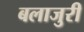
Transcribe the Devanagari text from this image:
बलाजुरी